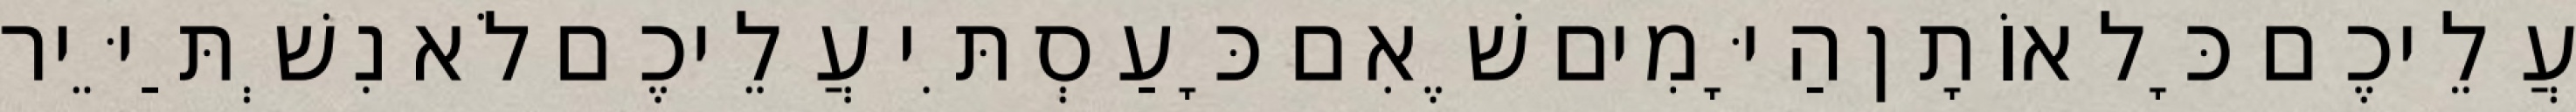
עֲלֵיכֶם כָּל אוֹתָן הַיָּמִים שֶׁאִם כָּעַסְתִּי עֲלֵיכֶם לֹא נִשְׁתַּיֵּיר